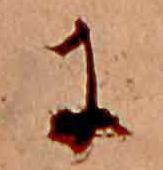
に